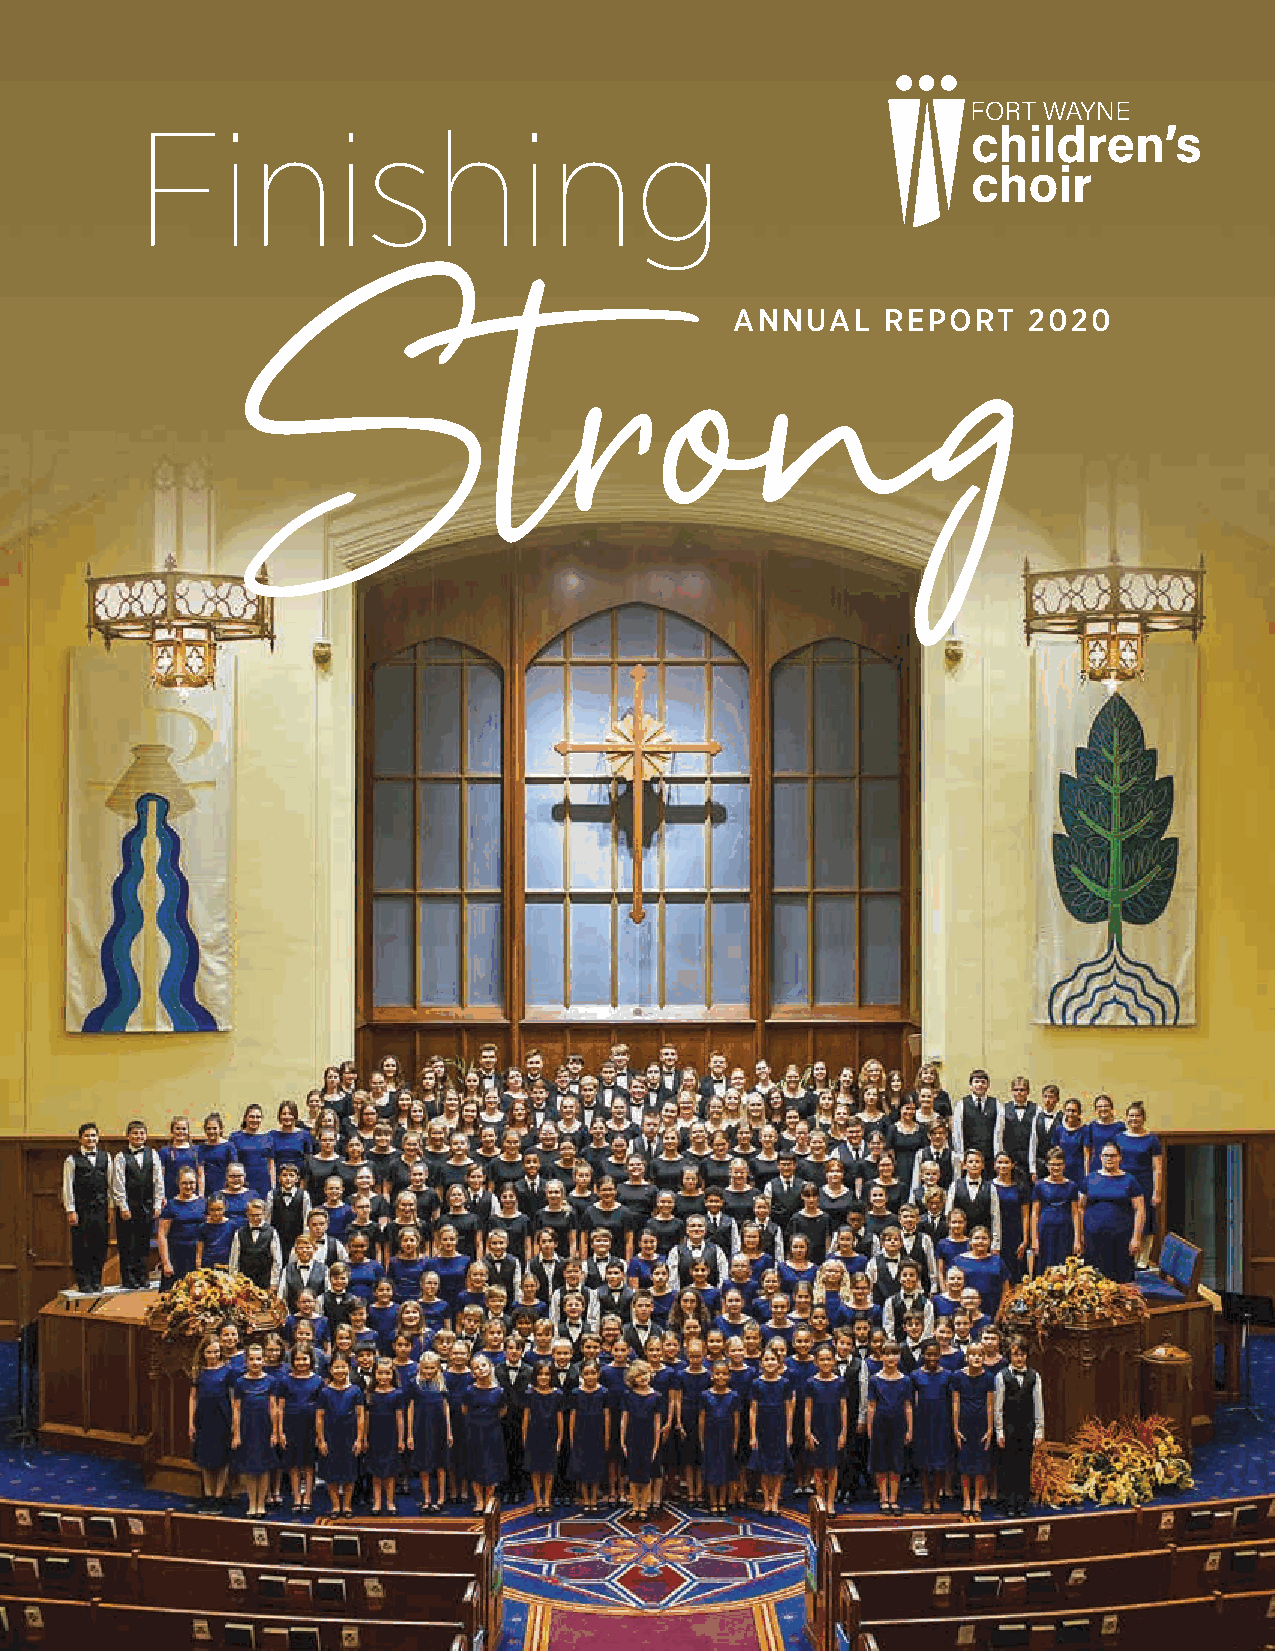
Finishing
 Str                         ong
 ANNUAL    REPORT   2020